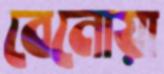
বেনোয়া